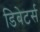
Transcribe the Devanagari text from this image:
डिबेटर्स